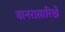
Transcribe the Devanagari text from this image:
वानरासारिखे